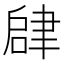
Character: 𬚫